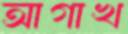
আগাখ